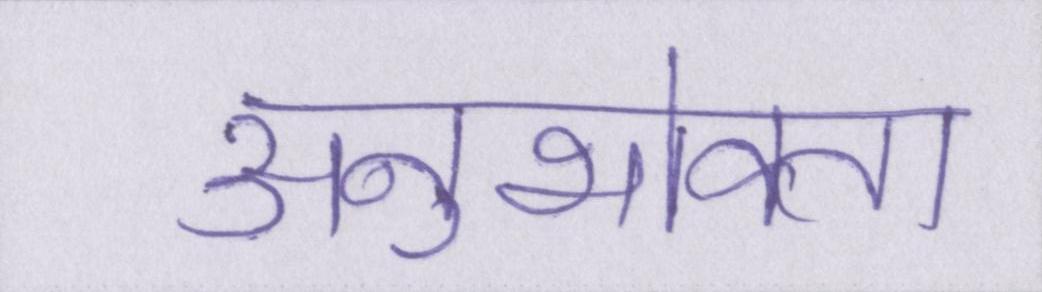
अनुभोक्ता